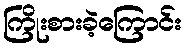
ကြိုးစားခဲ့ကြောင်း